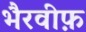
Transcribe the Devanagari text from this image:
भैरवीफ़